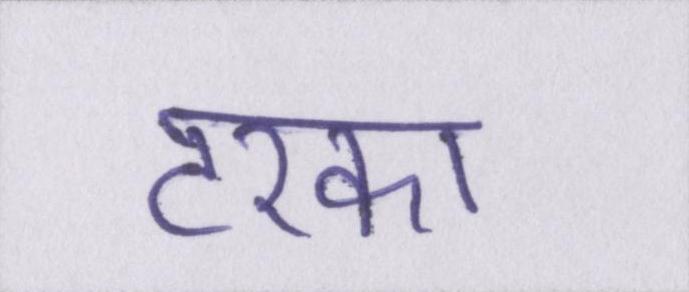
टरका